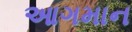
આગમાન